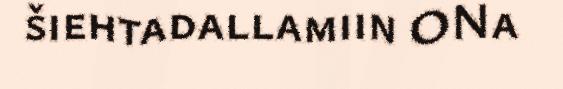
šiehtadallamiin ONa